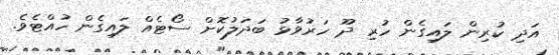
އަދި ކުރިން ލައިގެން ހުރި ދޫ ހަރުވާޅު ބަދަލުކޮށް ސޯޓެއް ލައިގެން ހުއްޓެވެ.